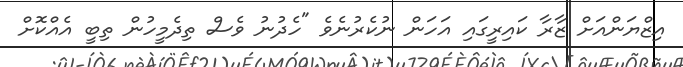
އިޒްޔަންއަށް ޒާރާ ކައިރީގައި އަހަން ނުކެރުނެވެ "ހެދުނު ވެސް ތިދެމީހުން ތިބީ އެއްކޮށް